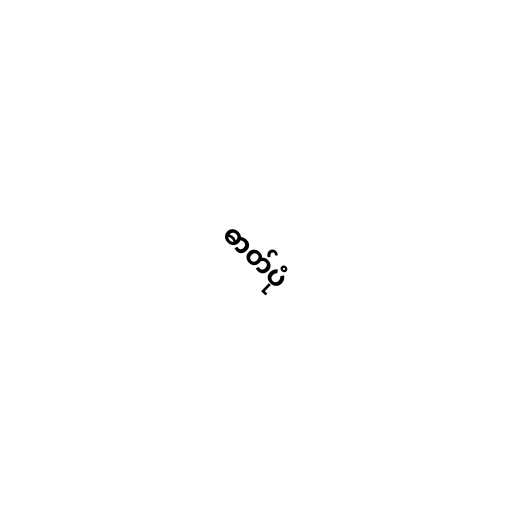
ဓာတ်ပုံ